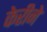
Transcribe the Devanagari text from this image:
केरीने